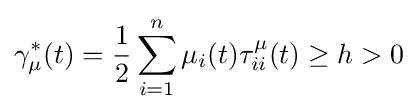
\gamma _{\mu }^{*}(t)={\frac {1}{2}}\sum _{i=1}^{n}\mu _{i}(t)\tau _{ii}^{\mu }(t)\geq h>0